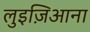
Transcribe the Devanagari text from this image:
लुइज़िआना